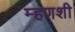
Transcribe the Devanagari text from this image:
म्हणशी